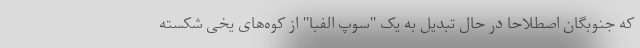
که جنوبگان اصطلاحا در حال تبدیل به یک "سوپ الفبا" از کوه‌های یخی شکسته